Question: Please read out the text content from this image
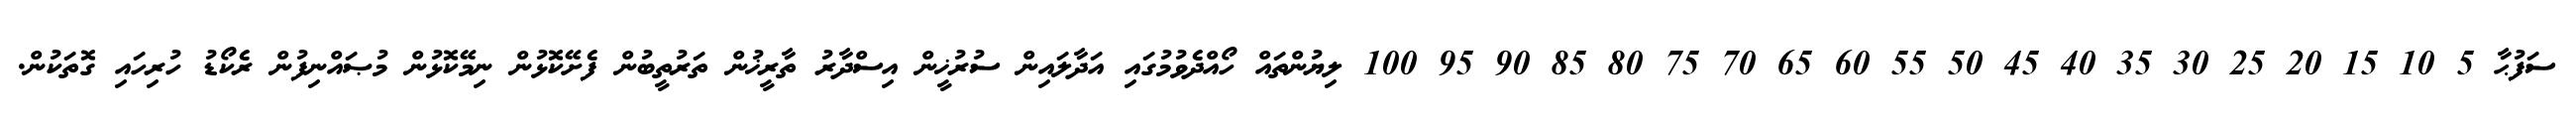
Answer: ސަފުޙާ 5 10 15 20 25 30 35 40 45 50 55 60 65 70 75 80 85 90 95 100 ލިޔުންތައް ހޯއްދެވުމުގައި އަދާލައިން ސުރުޚީން އިސްދާރު ތާރީޚުން ތަރުތީބުން ފެށޭކޮޅުން ނިމޭކޮޅުން މުޞައްނިފުން ރެކޯޑު ހުރިހައި ގޮތަކުން.